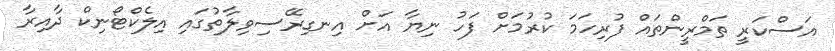
އަސްކަރީ ތަމްރީންތައް ފުރިހަމަ ކުރުމަށް ފަހު ނިޔާ އަށް އިނގިރޭސިވިލާތުގައި އިލެކްޓޯނިކް ދާއިރާ